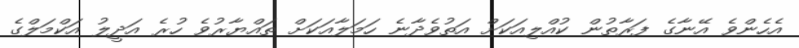
އެހެންވެ އޭނާގެ ފަރާތުން ކުއްލިއަކަށް އަތުވެދާނެ ހަމަލާއަކަށް ތައްޔާރުވެ ހުރެ އަދީލު އަކްމަލްގެ